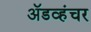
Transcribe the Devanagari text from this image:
ॲडव्हंचर